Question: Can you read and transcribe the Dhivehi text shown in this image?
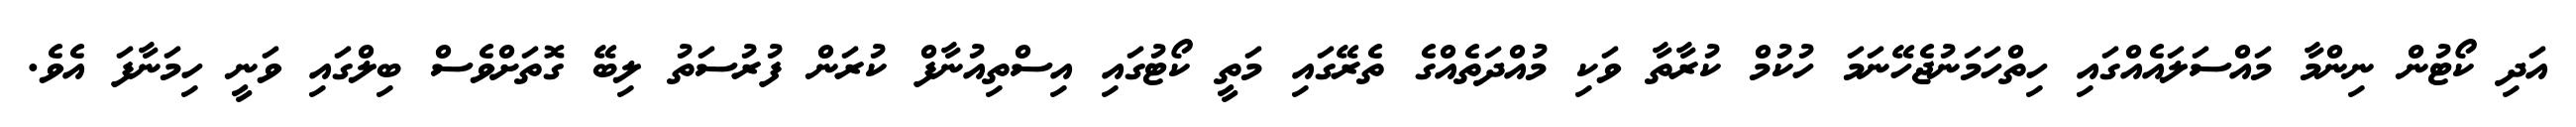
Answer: އަދި ކޯޓުން ނިންމާ މައްސަލައެއްގައި ހިތްހަމަނުޖެހޭނަމަ ހުކުމް ކުރާތާ ވަކި މުއްދަތެއްގެ ތެރޭގައި މަތީ ކޯޓުގައި އިސްތިއުނާފް ކުރަން ފުރުސަތު ލިބޭ ގޮތަށްވެސް ބިލްގައި ވަނީ ހިމަނާފަ އެވެ.